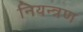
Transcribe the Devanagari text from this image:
नियन्‍त्रण